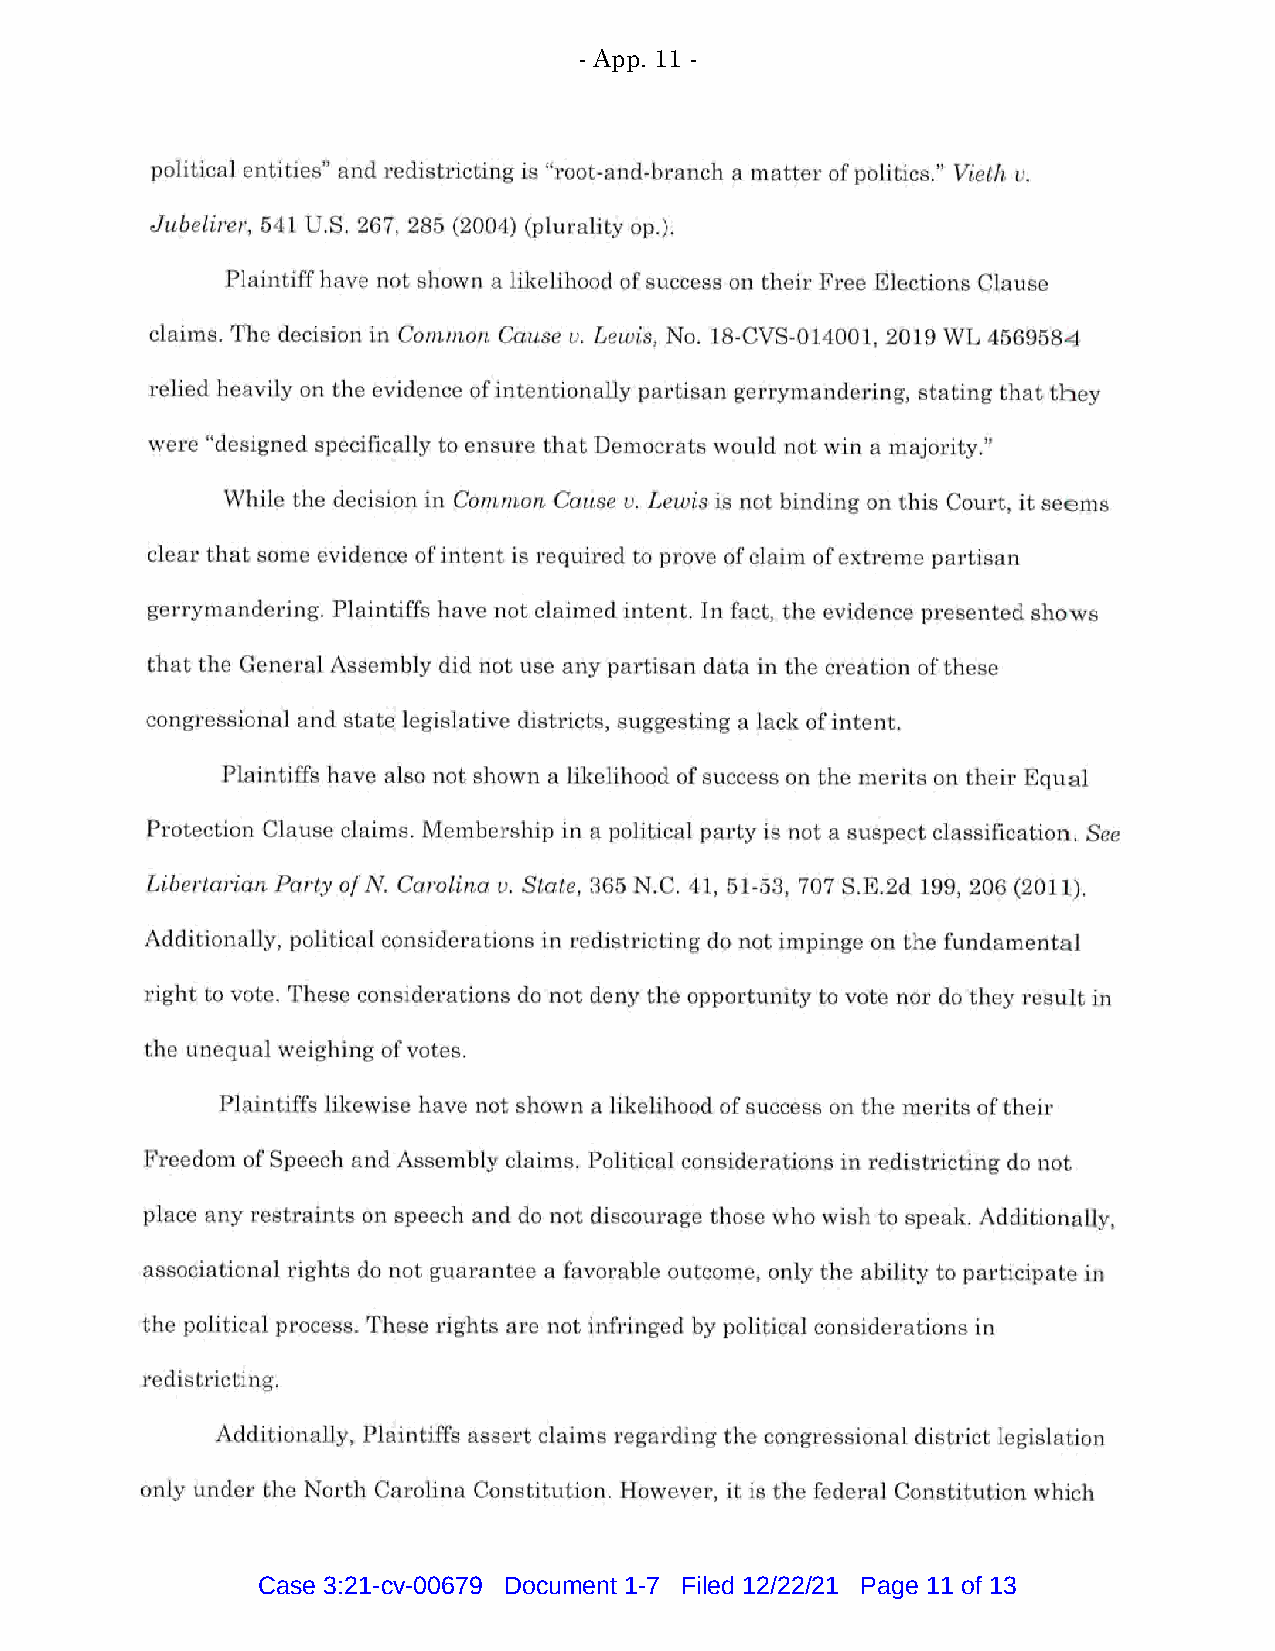
- App. 11 -
 political entities" and redistricting is "root-and-branch a matter of politics." Vieth u.
 Jubelirer, 541 U.S. 267, 285 (2004) (plurality op.).
 Plaintiff have not shown a likelihood of success on their Free Elections Clause
 claims. The decision in Conimon Cause u. Lewis, No. 18-CVS-014001, 2019 WL 4569584
 relied heavily on the evidence of intentionally partisan gerrymandering, stating that they
 were "designed specifically to ensure that Democrats would not win a majority."
 While the decision in Common Cause u. Lewis is not binding on this Court, it seems
 clear that some evidence of intent is required to prove of claim of extreme partisan
 gerrymandering. Plaintiffs have not claimed intent. In fact, the evidence presented shows
 that the General Assembly did not use any partisan data in the creation of these
 congressional and state legislative districts, suggesting a lack of intent.
 Plaintiffs have also not shown a likelihood of success on the merits on their Equal
 Protection Clause claims. Membership in a political party is not a suspect classification. See
 Libertarian Party of N. Carolina u. State, 365 N.C. 41, 51-53, 707 S.E.2d 199, 206 (2011).
 Additionally, political considerations in redistricting do not impinge on the fundamental
 right to vote. These considerations do not deny the opportunity to vote nor do they result in
 the unequal weighing of votes.
 Plaintiffs likewise have not shown a likelihood of success on the merits of their
 Freedom of Speech and Assembly claims. Political considerations in redistricting do not
 place any restraints on speech and do not discourage those who wish to speak. Additionally,
 associational rights do not guarantee a favorable outcome, only the ability to participate in
 the political process. These rights are not infringed by political considerations in
 redistricting.
 Additionally, Plaintiffs assert claims regarding the congressional district legislation
 only under the North Carolina Constitution. However, it is the federal Constitution which
 Case 3:21-cv-00679 Document 1-7 Filed 12/22/21 Page 11 of 13